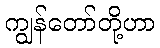
ကျွန်တော်တို့ဟာ